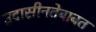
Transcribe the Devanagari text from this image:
उदासीनतेबाबत